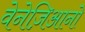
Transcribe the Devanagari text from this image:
वेनेज़िआनो